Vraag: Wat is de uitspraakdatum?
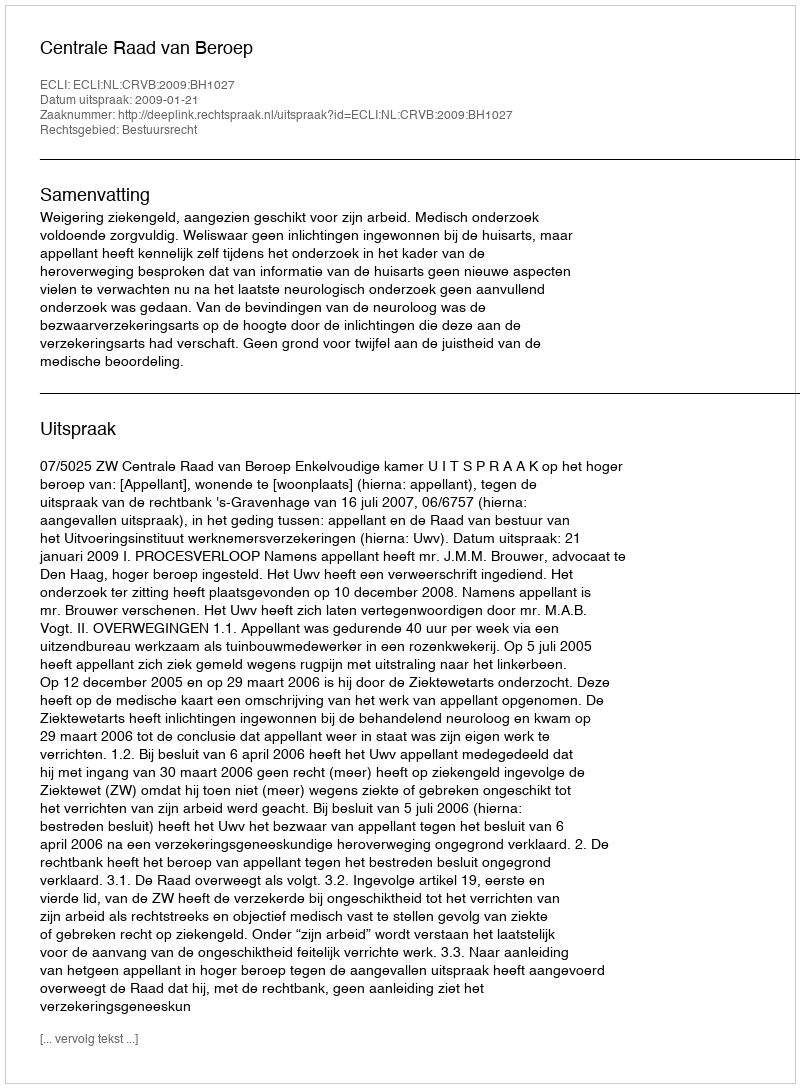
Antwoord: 2009-01-21